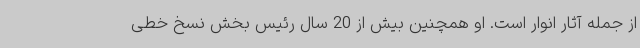
از جمله آثار انوار است. او همچنین بیش از 20 سال رئیس بخش نسخ خطی